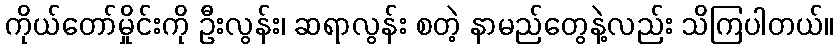
ကိုယ်တော်မှိုင်းကို ဦးလွန်း၊ ဆရာလွန်း စတဲ့ နာမည်တွေနဲ့လည်း သိကြပါတယ်။